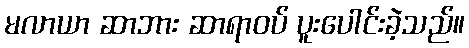
မလာယာ ဆာဘား ဆာရာဝပ် ပူးပေါင်းခဲ့သည်။